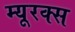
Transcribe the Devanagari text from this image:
म्यूरक्स